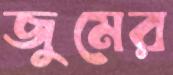
জুমের